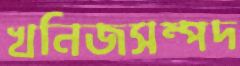
খনিজসম্পদ